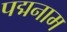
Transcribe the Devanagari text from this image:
पद्मनाम